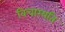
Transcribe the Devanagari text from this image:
विचारयति